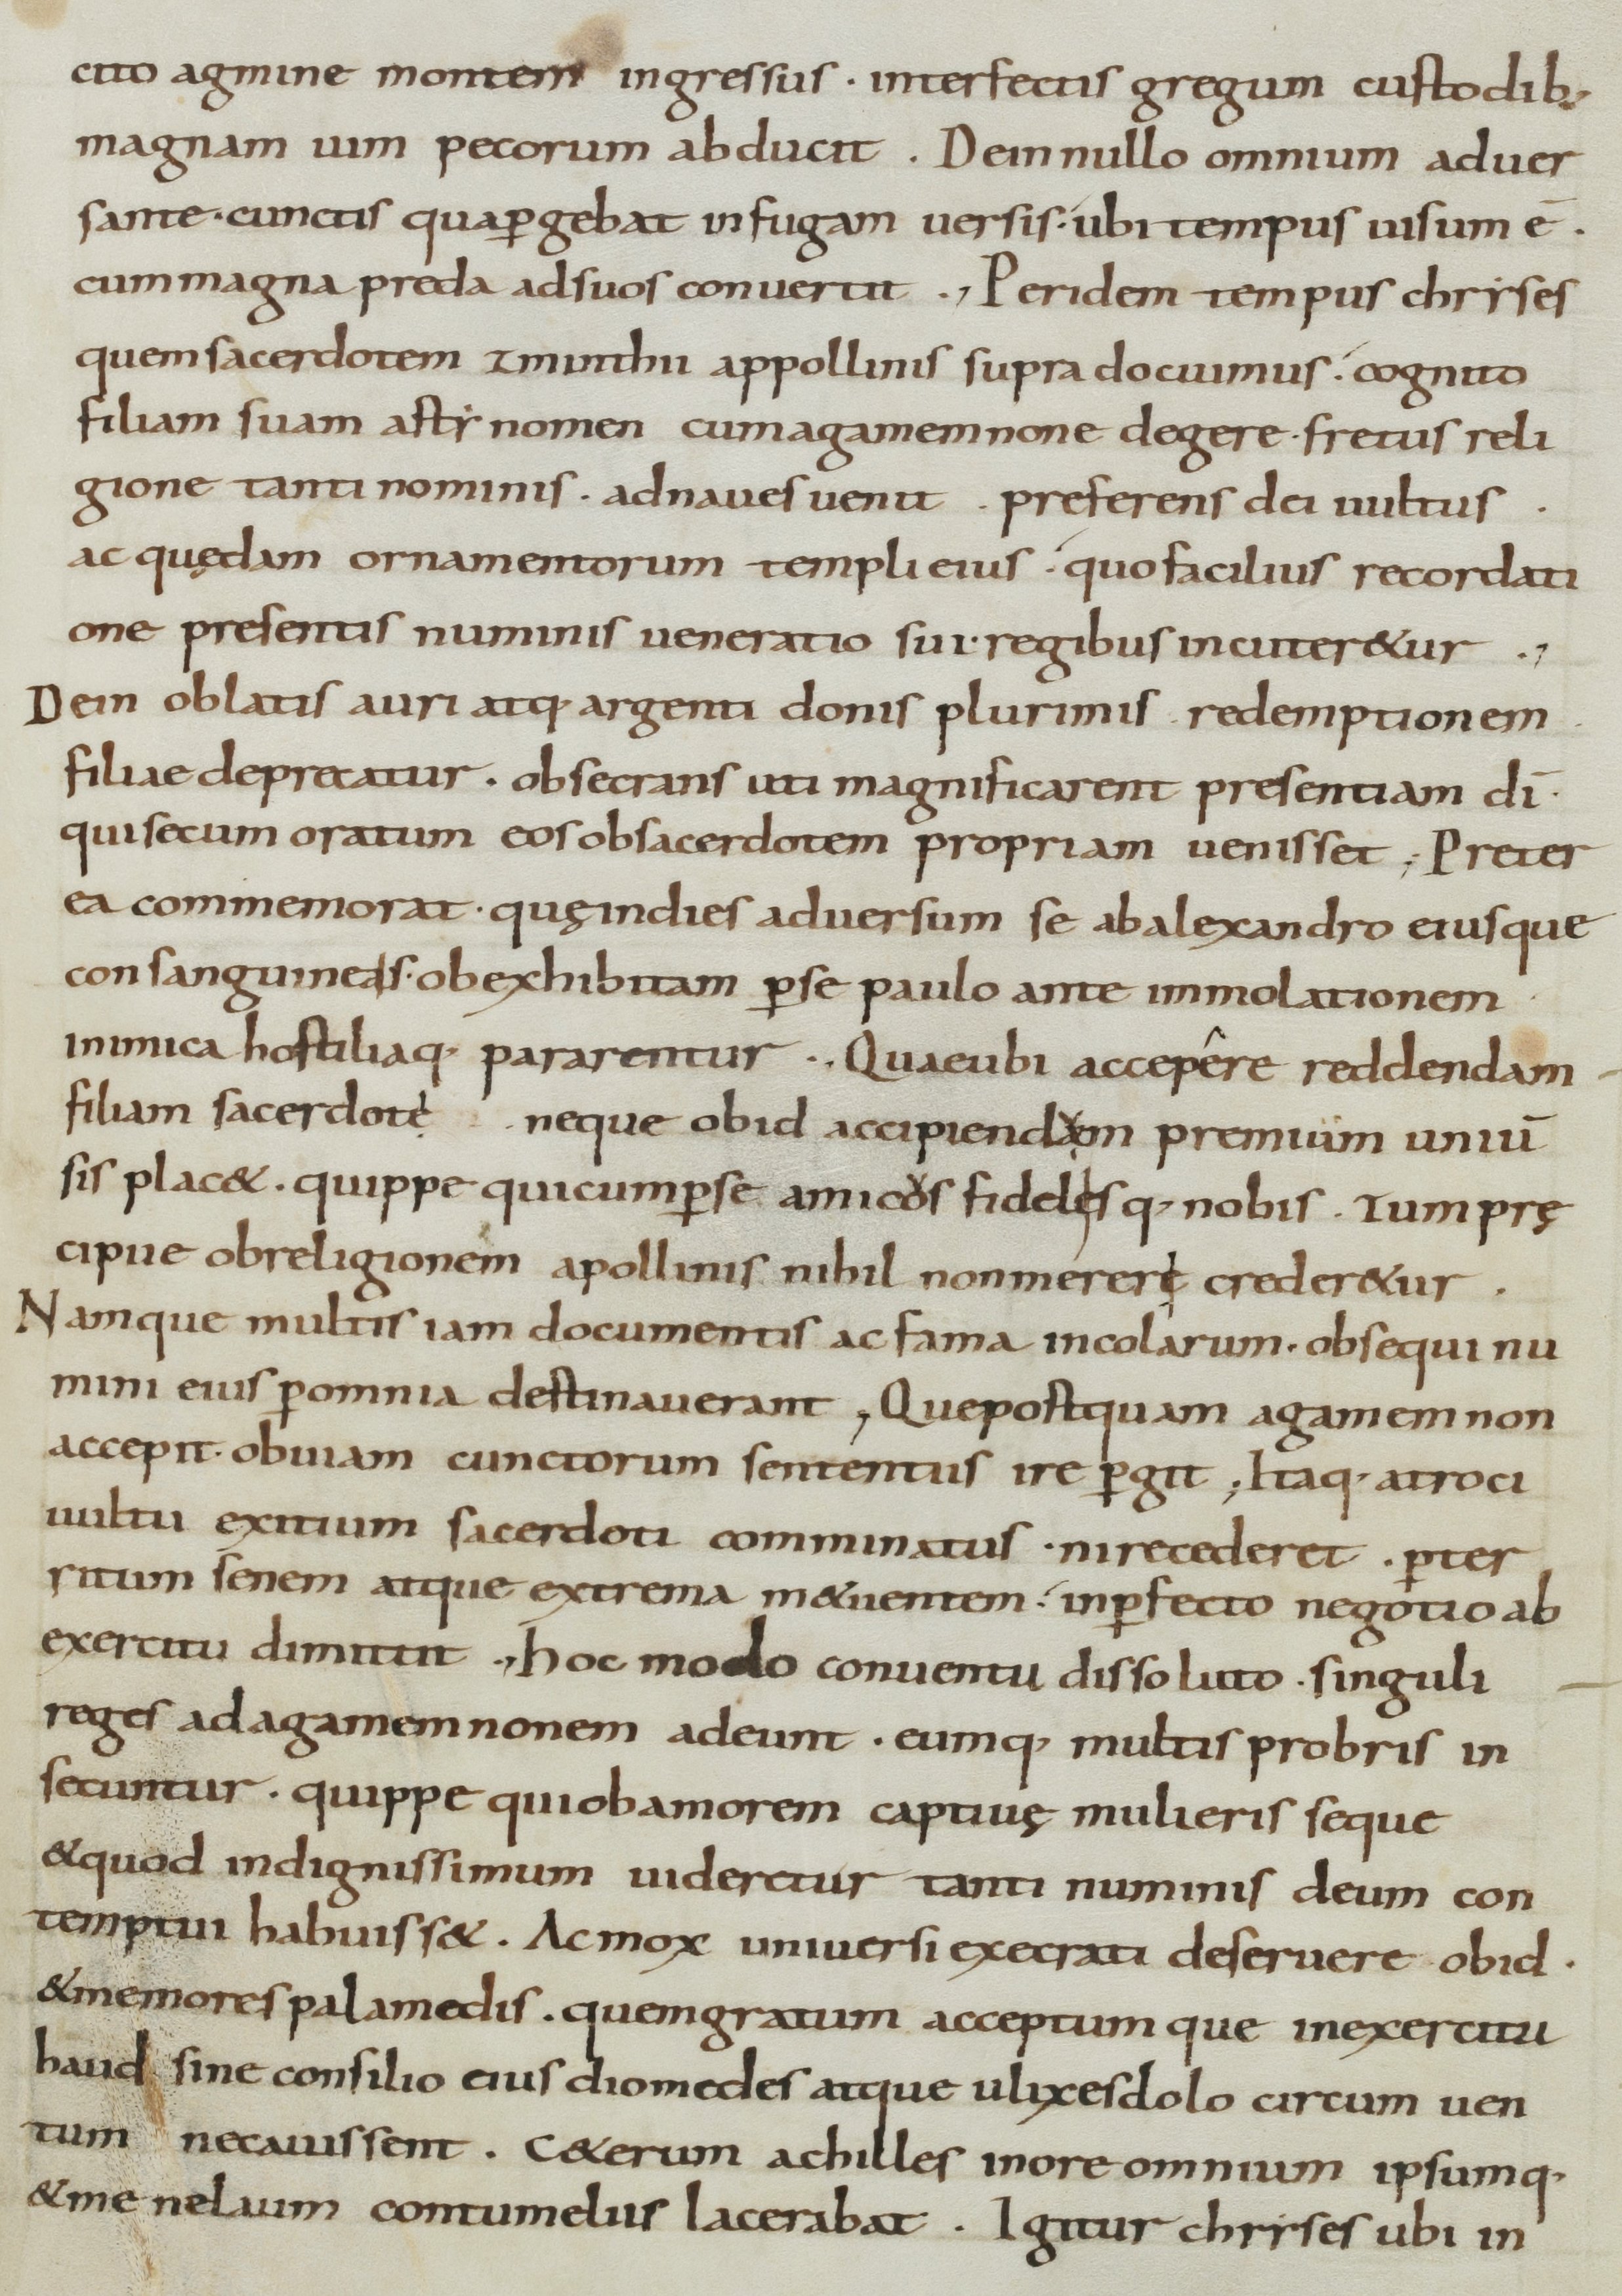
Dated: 800–999